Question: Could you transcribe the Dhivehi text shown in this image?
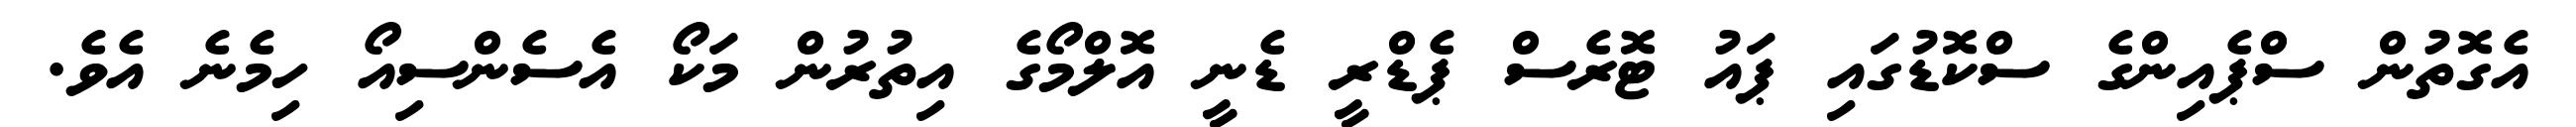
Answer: އެގޮތުން ސްޕެއިންގެ ސްކޮޑުގައި ޕައު ޓޮރެސް ޕެޑްރީ ޑެނީ އޮލްމޯގެ އިތުރުން މަކޯ އެސެންސިއޯ ހިމެނެ އެވެ.